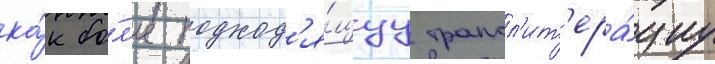
ка́к бо́л'ее подход'я́щуу трансл'ит'ера́циу